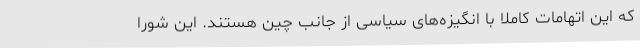
که این اتهامات کاملا با انگیزه‌های سیاسی از جانب چین هستند. این شورا